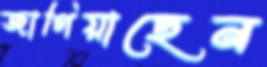
জাগিয়াছেন